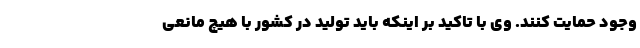
وجود حمایت کنند. وی با تاکید بر اینکه باید تولید در کشور با هیچ مانعی